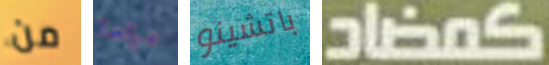
من دراما باتشينو كمضاد